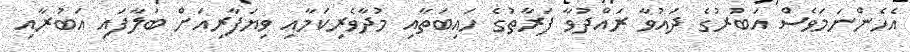
އެހެންނަމަވެސް އަބުރުގެ ދައުވާ ރައްދުވާ ފަރާތުގެ ހައިބަތާއި މުދާވެރިކަމާއި ވިޔަފާރިއަށް ބަލާފައި އަބުރާއި